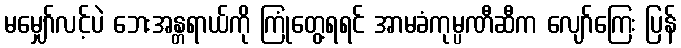
မမျှော်လင့်ပဲ ဘေးအန္တရာယ်ကို ကြုံတွေ့ရရင် အာမခံကုမ္ပဏီဆီက လျော်ကြေး ပြန်